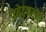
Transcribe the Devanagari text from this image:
प्रेसेटकरना